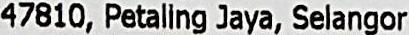
47810, PETALING JAYA, SELANGOR